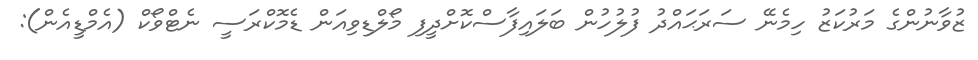
ޒުވާނުންގެ މަރުކަޒު ހިމެނޭ ސަރަޙައްދު ފުލުހުން ބަލައިފާސްކޮށްދީފި މޯލްޑިވިއަން ޑެމޮކްރަސީ ނެޓްވޯކް (އެމްޑީއެން):